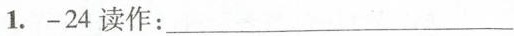
1. -24读作:___